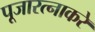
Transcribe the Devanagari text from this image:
पूजारत्नाकरे